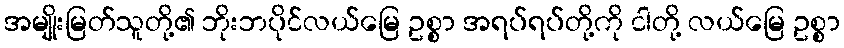
အမျိုးမြတ်သူတို့၏ ဘိုးဘပိုင်လယ်မြေ ဥစ္စာ အရပ်ရပ်တို့ကို ငါတို့ လယ်မြေ ဥစ္စာ